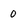
Character: 0